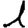
Digit: 1